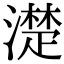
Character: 濋